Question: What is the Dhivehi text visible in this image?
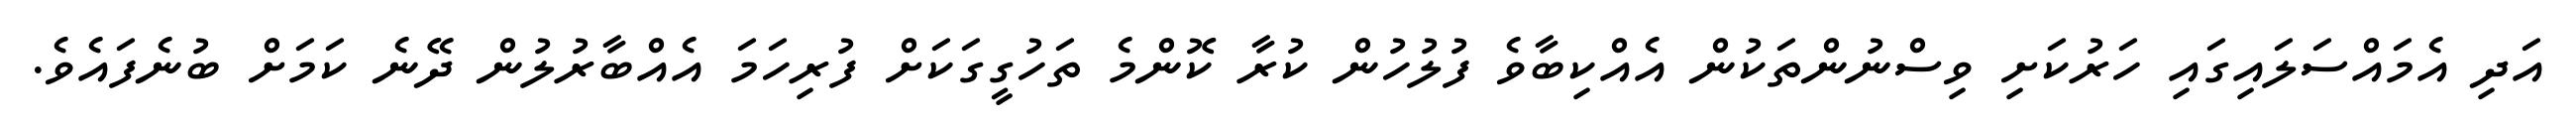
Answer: އަދި އެމައްސަލައިގައި ހަރުކަށި ވިސްނުންތަކުން އެއްކިބާވެ ފުލުހުން ކުރާ ކޮންމެ ތަހުގީގަކަށް ފުރިހަމަ އެއްބާރުލުން ދޭނެ ކަމަށް ބުނެފައެވެ.